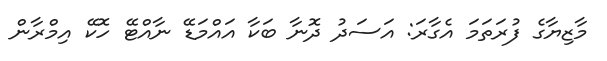
މާޒިޔާގެ ފުރަތަމަ އެގާރަ: އަސަދު ދޮނާ ބަކާ އައްމަޑޭ ނާއްޓޭ ހޮކޭ އިމްރާން